Statistics compiled by the Government of India from the reports of provincial Civil Veterinary Departments
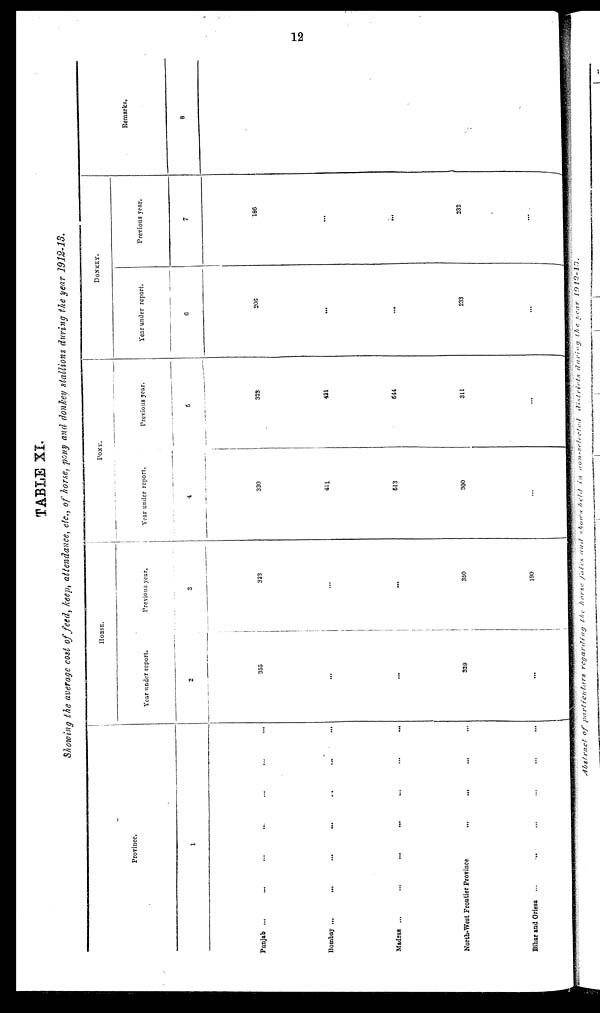
12
TABLE XI.
Showing the average cost of feed, keep, attendance, etc., of horse, pony and donkey stallions during the year 1912-13.
Province.
1
Punjab ... ... ... ... ...
Bombay ... ... ... ... ... ...
Madras ... ... ... ... ... ... ...
North-West Frontier Province ... ... ... ... ...
Bihar and Orissa ... ... ... ... ... ...
HORSE.
Year under report.
2
355
...
...
329
...
Previous year.
3
323
...
...
350
190
PONY.
Year under report.
4
330
411
513
300
...
Previous year.
5
323
421
544
311
...
DONKEY.
Year under report.
6
206
...
...
233
...
Previous year.
7
186
...
...
232
...
Remarks.
8